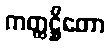
ကတ္ထဋ္ဌိတော